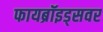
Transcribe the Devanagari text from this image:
फायब्रॉइड्‌सवर